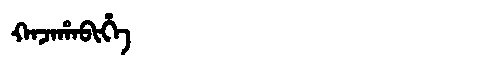
Manchu: ᡴᠠᠵᠠᡥᠠᠪᡳᡥᡝ
Romanization: KAJAHABIHE